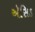
ઍસિડ